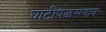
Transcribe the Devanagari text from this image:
घाटीपळसगाव